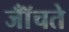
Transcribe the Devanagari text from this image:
जॉँचते